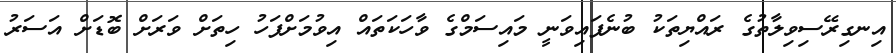
އިނގިރޭސިވިލާތުގެ ރައްޔިތަކު ބުނެފައިވަނީ މައިސަމްގެ ވާހަކަތައް އިވުމަށްފަހު ހިތަށް ވަރަށް ބޮޑަށް އަސަރު